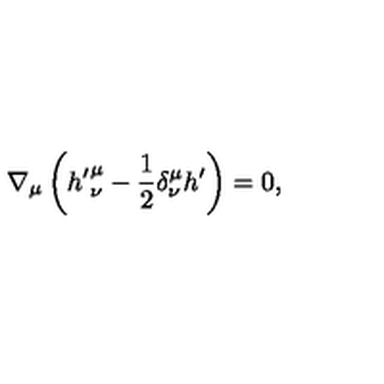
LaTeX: \nabla _ { \mu } \left( { h ^ { \prime } } _ { \nu } ^ { \mu } - \frac 1 2 \delta _ { \nu } ^ { \mu } h ^ { \prime } \right) = 0 ,